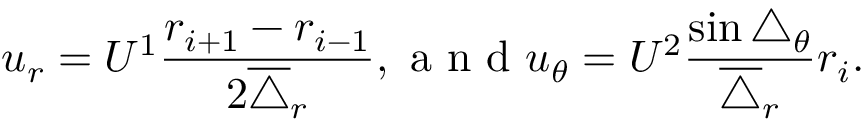
u _ { r } = U ^ { 1 } \frac { r _ { i + 1 } - r _ { i - 1 } } { 2 \overline { { \triangle } } _ { r } } , \mathrm { ~ a ~ n ~ d ~ } u _ { \theta } = U ^ { 2 } \frac { \sin \triangle _ { \theta } } { \overline { { \triangle } } _ { r } } r _ { i } .